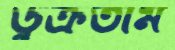
ডুক্‌রতাম